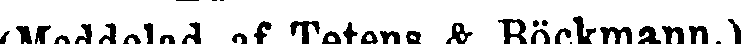
(Meddelad af Tetens & Böckmann.)